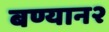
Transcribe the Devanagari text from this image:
बण्यान२